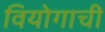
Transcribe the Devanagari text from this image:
वियोगाची